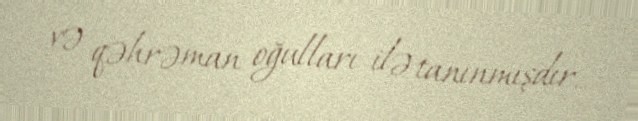
və qəhrəman oğulları ilə tanınmışdır.